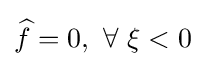
{\widehat {f}}=0,\ \forall \ \xi <0